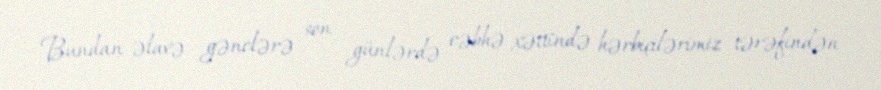
Bundan əlavə gənclərə son günlərdə cəbhə xəttində hərbiçilərimiz tərəfindən